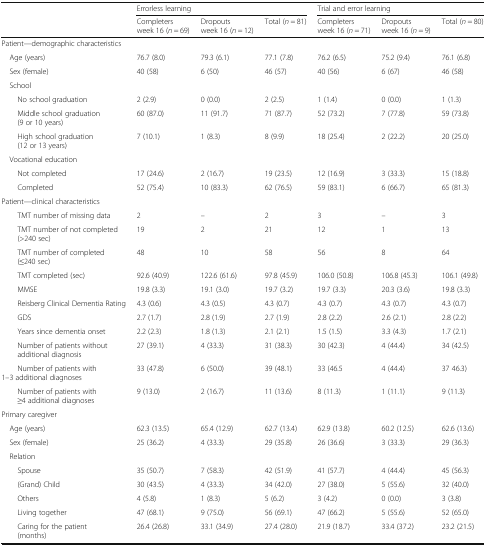
<table><thead><tr><td rowspan="2"></td><td colspan="3"><b>Errorless learning</b></td><td colspan="3"><b>Trial and error learning</b></td></tr><tr><td><b>Completers week 16 (<i>n</i> = 69)</b></td><td><b>Dropouts week 16 (<i>n</i> = 12)</b></td><td><b>Total (<i>n</i> = 81)</b></td><td><b>Completers week 16 (<i>n</i> = 71)</b></td><td><b>Dropouts week 16 (<i>n</i> = 9)</b></td><td><b>Total (<i>n</i> = 80)</b></td></tr></thead><tbody><tr><td colspan="7">Patient—demographic characteristics</td></tr><tr><td> Age (years)</td><td>76.7 (8.0)</td><td>79.3 (6.1)</td><td>77.1 (7.8)</td><td>76.2 (6.5)</td><td>75.2 (9.4)</td><td>76.1 (6.8)</td></tr><tr><td> Sex (female)</td><td>40 (58)</td><td>6 (50)</td><td>46 (57)</td><td>40 (56)</td><td>6 (67)</td><td>46 (58)</td></tr><tr><td colspan="7"> School</td></tr><tr><td>No school graduation</td><td>2 (2.9)</td><td>0 (0.0)</td><td>2 (2.5)</td><td>1 (1.4)</td><td>0 (0.0)</td><td>1 (1.3)</td></tr><tr><td>Middle school graduation (9 or 10 years)</td><td>60 (87.0)</td><td>11 (91.7)</td><td>71 (87.7)</td><td>52 (73.2)</td><td>7 (77.8)</td><td>59 (73.8)</td></tr><tr><td>High school graduation (12 or 13 years)</td><td>7 (10.1)</td><td>1 (8.3)</td><td>8 (9.9)</td><td>18 (25.4)</td><td>2 (22.2)</td><td>20 (25.0)</td></tr><tr><td> Vocational education</td><td></td><td></td><td></td><td></td><td></td><td></td></tr><tr><td>Not completed</td><td>17 (24.6)</td><td>2 (16.7)</td><td>19 (23.5)</td><td>12 (16.9)</td><td>3 (33.3)</td><td>15 (18.8)</td></tr><tr><td>Completed</td><td>52 (75.4)</td><td>10 (83.3)</td><td>62 (76.5)</td><td>59 (83.1)</td><td>6 (66.7)</td><td>65 (81.3)</td></tr><tr><td colspan="7">Patient—clinical characteristics</td></tr><tr><td>TMT number of missing data</td><td>2</td><td>–</td><td>2</td><td>3</td><td>–</td><td>3</td></tr><tr><td>TMT number of not completed (&gt;240 sec)</td><td>19</td><td>2</td><td>21</td><td>12</td><td>1</td><td>13</td></tr><tr><td>TMT number of completed (≤240 sec)</td><td>48</td><td>10</td><td>58</td><td>56</td><td>8</td><td>64</td></tr><tr><td>TMT completed (sec)</td><td>92.6 (40.9)</td><td>122.6 (61.6)</td><td>97.8 (45.9)</td><td>106.0 (50.8)</td><td>106.8 (45.3)</td><td>106.1 (49.8)</td></tr><tr><td>MMSE</td><td>19.8 (3.3)</td><td>19.1 (3.0)</td><td>19.7 (3.2)</td><td>19.7 (3.3)</td><td>20.3 (3.6)</td><td>19.8 (3.3)</td></tr><tr><td>Reisberg Clinical Dementia Rating</td><td>4.3 (0.6)</td><td>4.3 (0.5)</td><td>4.3 (0.7)</td><td>4.3 (0.7)</td><td>4.3 (0.7)</td><td>4.3 (0.7)</td></tr><tr><td>GDS</td><td>2.7 (1.7)</td><td>2.8 (1.9)</td><td>2.7 (1.9)</td><td>2.8 (2.2)</td><td>2.6 (2.1)</td><td>2.8 (2.2)</td></tr><tr><td>Years since dementia onset</td><td>2.2 (2.3)</td><td>1.8 (1.3)</td><td>2.1 (2.1)</td><td>1.5 (1.5)</td><td>3.3 (4.3)</td><td>1.7 (2.1)</td></tr><tr><td>Number of patients without additional diagnosis</td><td>27 (39.1)</td><td>4 (33.3)</td><td>31 (38.3)</td><td>30 (42.3)</td><td>4 (44.4)</td><td>34 (42.5)</td></tr><tr><td>Number of patients with 1–3 additional diagnoses</td><td>33 (47.8)</td><td>6 (50.0)</td><td>39 (48.1)</td><td>33 (46.5</td><td>4 (44.4)</td><td>37 46.3)</td></tr><tr><td>Number of patients with ≥4 additional diagnoses</td><td>9 (13.0)</td><td>2 (16.7)</td><td>11 (13.6)</td><td>8 (11.3)</td><td>1 (11.1)</td><td>9 (11.3)</td></tr><tr><td colspan="7">Primary caregiver</td></tr><tr><td> Age (years)</td><td>62.3 (13.5)</td><td>65.4 (12.9)</td><td>62.7 (13.4)</td><td>62.9 (13.8)</td><td>60.2 (12.5)</td><td>62.6 (13.6)</td></tr><tr><td> Sex (female)</td><td>25 (36.2)</td><td>4 (33.3)</td><td>29 (35.8)</td><td>26 (36.6)</td><td>3 (33.3)</td><td>29 (36.3)</td></tr><tr><td colspan="7"> Relation</td></tr><tr><td>Spouse</td><td>35 (50.7)</td><td>7 (58.3)</td><td>42 (51.9)</td><td>41 (57.7)</td><td>4 (44.4)</td><td>45 (56.3)</td></tr><tr><td>(Grand) Child</td><td>30 (43.5)</td><td>4 (33.3)</td><td>34 (42.0)</td><td>27 (38.0)</td><td>5 (55.6)</td><td>32 (40.0)</td></tr><tr><td>Others</td><td>4 (5.8)</td><td>1 (8.3)</td><td>5 (6.2)</td><td>3 (4.2)</td><td>0 (0.0)</td><td>3 (3.8)</td></tr><tr><td>Living together</td><td>47 (68.1)</td><td>9 (75.0)</td><td>56 (69.1)</td><td>47 (66.2)</td><td>5 (55.6)</td><td>52 (65.0)</td></tr><tr><td>Caring for the patient (months)</td><td>26.4 (26.8)</td><td>33.1 (34.9)</td><td>27.4 (28.0)</td><td>21.9 (18.7)</td><td>33.4 (37.2)</td><td>23.2 (21.5)</td></tr></tbody></table>